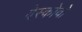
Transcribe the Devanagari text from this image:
वेस्कोवो